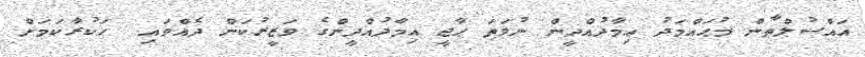
އައްސުލްޠާން މުޙައްމަދު ޢިމާދުއްދީން ނުވަތަ ޙާޖީ ޢިމާދުއްދީންގެ ވަޒީރުކަން ދެއްވައި  ހަކުރާކަމަށް